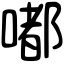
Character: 嘟